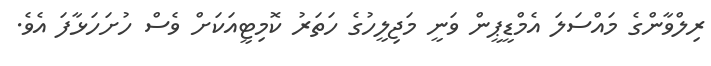
ރިލްވާންގެ މައްސަލަ އެމްޑީޕީން ވަނީ މަޖިލީހުގެ ހަތަރު ކޮމިޓީއަކަށް ވެސް ހުށަހަޅާފަ އެވެ.